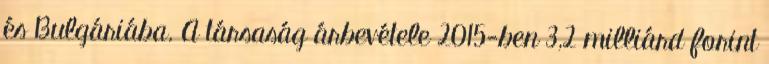
és Bulgáriába. A társaság árbevétele 2015-ben 3,2 milliárd forint